Civil Veterinary Department Bihar reports 1936-40 - 1936-1940
Year: 1936
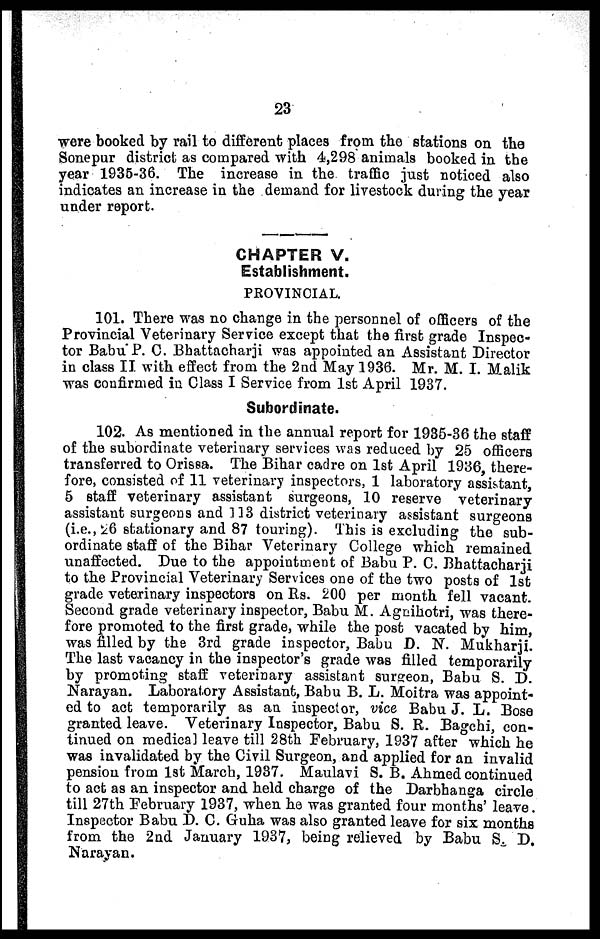
23
were booked by rail to different places from the stations on the
Sonepur district as compared with 4,298 animals booked in the
year 1935-36. The increase in the traffic just noticed also
indicates an increase in the demand for livestock during the year
under report.
CHAPTER V.
Establishment.
PROVINCIAL.
101. There was no change in the personnel of officers of the
Provincial Veterinary Service except that the first grade Inspec-
tor Babu P. C. Bhattacharji was appointed an Assistant Director
in class II with effect from the 2nd May 1936. Mr. M. I. Malik
was coufirmed in Clas3 I Service from 1st April 1937.
Subordinate.
102. As mentioned in the annual report for 1935-36 the staff
of the subordinate veterinary services was reduced by 25 officers
transferred to Orissa. The Bihar cadre on 1st April 1936 there-
fore, consisted of 11 veterinary inspectors, 1 laboratory assistant,
5 staff veterinary assistant surgeons, 10 reserve veterinary
assistant surgeons and 113 district veterinary assistant surgeons
(i.e.,26 stationary and 87 touring). This is excluding the sub-
ordinate staff of the Bihar Veterinary College which remained
unaffected. Due to the appointment of Babu P. C. Bhattacharji
to the Provincial Veterinary Services one of the two posts of 1st
grade veterinary inspectors on Rs. 200 per month fell vacant.
Second grade veterinary inspector, Babu M. Agnihotri, was there-
fore promoted to the first grade, while the post vacated by him,
was filled by the 3rd grade inspector, Babu D. N. Mukharji.
The last vacancy in the inspector's grade was filled temporarily
by promoting staff veterinary assistant surgeon, Babu S. D.
Narayan. Laboratory Assistant, Babu B. L. Moitra was appoint-
ed to act temporarily as an inspector, vice Babu J. L. Bose
granted leave. Veterinary Inspector, Babu S. R. Bagchi, con-
tinued on medical leave till 28th February, 1937 after which he
was invalidated by the Civil Surgeon, and applied for an invalid
pension from 1st March, 1937. Maulavi S. B. Ahmed continued
to act as an inspector and held charge of the Darbhanga circle
till 27th February 1937, when he was granted four months' leave.
Inspector Babu D. C. Guha was also granted leave for six months
from the 2nd January 1937, being relieved by Babu S. D.
Narayan.